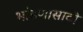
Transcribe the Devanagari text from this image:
भांडणासाठी